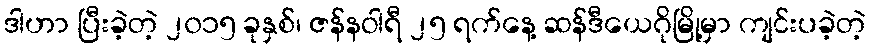
ဒါဟာ ပြီးခဲ့တဲ့ ၂၀၁၅ ခုနှစ်၊ ဇန်နဝါရီ ၂၅ ရက်နေ့ ဆန်ဒီယေဂိုမြို့မှာ ကျင်းပခဲ့တဲ့